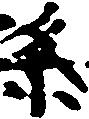
条